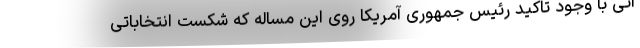
آتی با وجود تاکید رئیس جمهوری آمریکا روی این مساله که شکست انتخاباتی